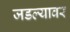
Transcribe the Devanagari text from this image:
जडल्यावर